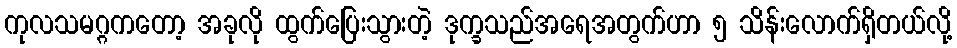
ကုလသမဂ္ဂကတော့ အခုလို ထွက်ပြေးသွားတဲ့ ဒုက္ခသည်အရေအတွက်ဟာ ၅ သိန်းလောက်ရှိတယ်လို့